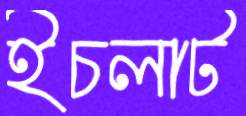
ইচলাট